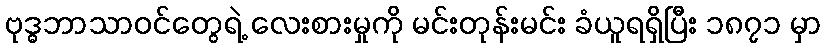
ဗုဒ္ဓဘာသာဝင်တွေရဲ့ လေးစားမှုကို မင်းတုန်းမင်း ခံယူရရှိပြီး ၁၈၇၁ မှာ